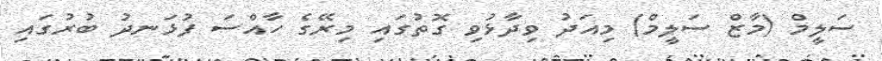
ސަލީމް (މާޒް ސަަލީމް) މިއަދު ވިދާޅުވި ގޮތުގައި މިރޭގެ ހާއްސަ ފުޅަނދު ބުރުގައި